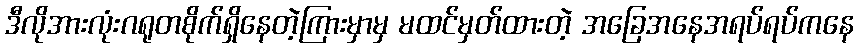
ဒီလိုအားလုံးဂရုတစိုက်ရှိနေတဲ့ကြားမှာမှ မထင်မှတ်ထားတဲ့ အခြေအနေအရပ်ရပ်ကနေ